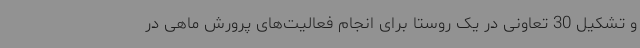
و تشکیل 30 تعاونی در یک روستا برای انجام فعالیت‌های پرورش ماهی در